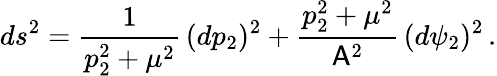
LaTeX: ds^{2}=\frac{1}{p_{2}^{2}+\mu^{2}}\, (dp_{2})^{2}+\frac{p_{2}^{2}+\mu^{2}}{\mathsf{A}^{2}}\, (d\psi_{2})^{2}\, .